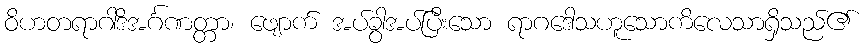
ဝိဟတရာဂါဒိအင်္ဂဏတ္တာ၊ ဖျောက် အပ်ခွါအပ်ပြီးသော ရာဂဒေါသဟူသောကိလေသာရှိသည်၏